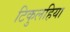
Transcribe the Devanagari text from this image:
टिकुलहिया